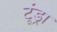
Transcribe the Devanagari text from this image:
टूंड्रा